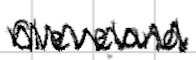
Text: Cleveland
Cross-out: zig-zag
Writing tool: digital_black